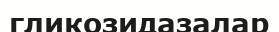
гликозидазалар